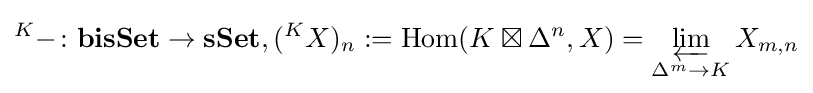
{}^{K}-\colon \mathbf {bisSet} \rightarrow \mathbf {sSet} ,({}^{K}X)_{n}:=\operatorname {Hom} (K\boxtimes \Delta ^{n},X)=\varprojlim _{\Delta ^{m}\rightarrow K}X_{m,n}